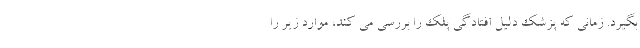
بگیرد. زمانی که پزشک دلیل افتادگی پلک را بررسی می کند، موارد زیر را